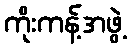
ကိုးကန့်အဖွဲ့